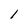
Character: 1